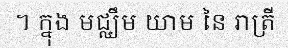
។ ក្នុង មជ្ឈឹម យាម នៃ រាត្រី